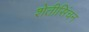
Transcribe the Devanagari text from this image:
शेतीसिंचन